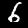
Digit: 6